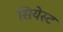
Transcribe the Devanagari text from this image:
सियेस्ट